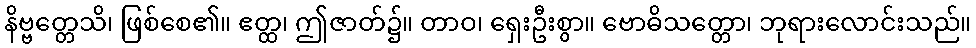
နိဗ္ဗတ္တေသိ၊ ဖြစ်စေ၏။ ဧတ္ထ၊ ဤဇာတ်၌။ တာဝ၊ ရှေးဦးစွာ။ ဗောဓိသတ္တော၊ ဘုရားလောင်းသည်။